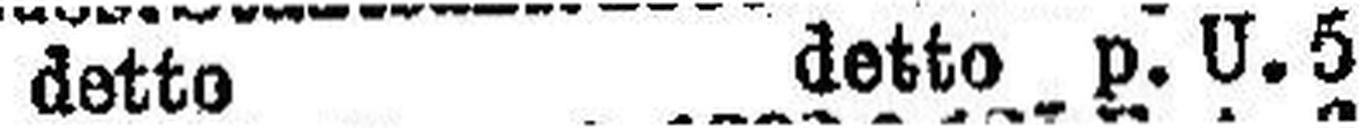
detto detto p. U. 5